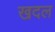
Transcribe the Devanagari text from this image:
खदल